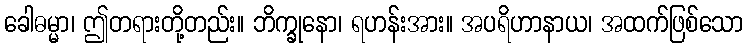
ခေါဓမ္မာ၊ ဤတရားတို့တည်း။ ဘိက္ခုနော၊ ရဟန်းအား။ အပရိဟာနာယ၊ အထက်ဖြစ်သော